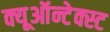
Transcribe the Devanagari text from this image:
क्यूऑन्टेक्स्ट